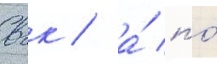
вгк / а́ по́